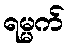
ရမ္မက်